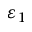
\varepsilon _ { 1 }